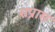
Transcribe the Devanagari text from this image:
सप्रास